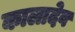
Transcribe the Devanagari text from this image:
कालादेव